Sanitation, dispensaries and jails vaccination Rajputana 1922-1927 - 1922-1927
Year: 1922
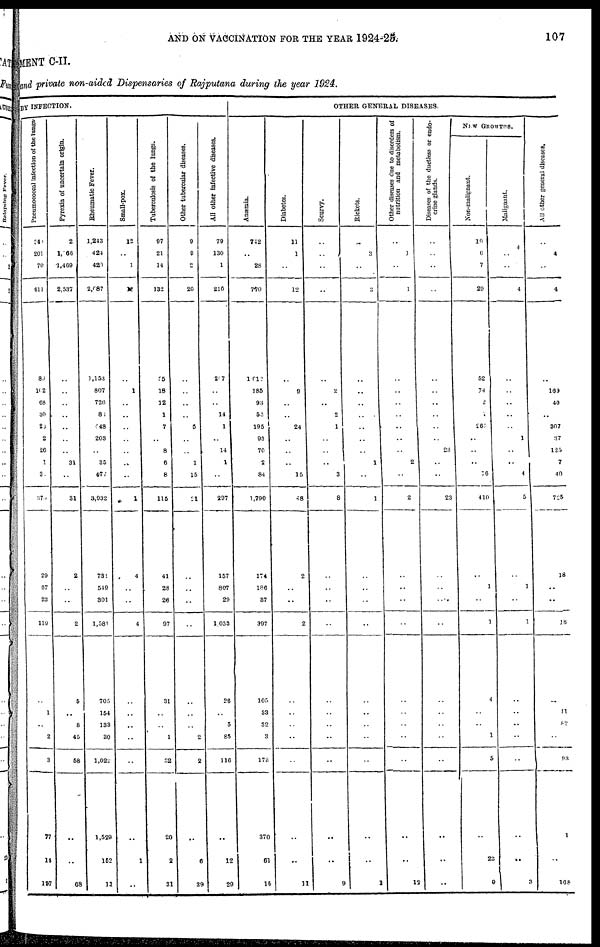
AND ON VACCINATION FOR THE YEAR 1924-25
107
MENT C-II.
and private non-aided Dispensaries of Rajputana during the year 1924.
BY INFECTION.
Pneumococcal infection of the lungs.
34
201
70
611
89
89
68
30
26
2
26
1
3
135
29
67
23
119
..
1
..
2
3
77
14
137
Pyrexia of uncertain origin.
2
1,066
1,469
2,537
..
..
..
..
..
..
..
31
..
31
2
..
..
2
5
..
8
45
58
..
..
68
Rheumatic Fever.
1,243
424
420
2,087
1,153
807
726
81
448
203
..
35
477
3,932
731
549
301
1,581
705
154
133
30
1,022
1,529
152
11
Small-pox.
12
..
1
13
..
1
..
..
..
..
..
..
..
1
4
..
..
4
..
..
..
..
..
..
1
..
Tuberculosis of the lungs.
97
21
14
132
55
18
12
1
7
..
8
6
8
115
41
28
28
97
31
..
..
1
32
20
2
31
Other tubercular diseases.
9
9
2
20
..
..
..
..
5
..
..
1
15
31
..
..
..
..
..
..
..
2
2
..
6
39
All other infective diseases.
79
130
1
210
207
..
..
14
1
..
14
1
..
297
157
807
29
1,053
26
..
5
85
116
..
12
29
OTHER GENERAL DISEASES.
Anæmia.
742
..
28
770
1,012
185
93
56
195
93
70
2
84
1,790
174
186
37
397
105
33
32
3
178
370
61
15
Diabetes.
11
1
..
12
..
9
..
..
24
..
..
..
15
48
2
..
..
2
..
..
..
..
..
..
..
11
Scurvy.
..
..
..
..
..
2
..
2
1
..
..
..
3
8
..
..
..
..
..
..
..
..
..
..
..
9
Rickets.
..
3
..
3
..
..
..
..
..
..
..
1
..
1
..
..
..
..
..
..
..
..
..
..
..
1
Other diseases due to disorders of
nutrition and metabolism.
..
1
..
1
..
..
..
..
..
..
..
2
..
2
..
..
..
..
..
..
..
..
..
..
..
12
Diseases of the ductless or endo-
crine glands.
..
..
..
..
..
..
..
..
..
..
23
..
..
23
..
..
..
..
..
..
..
..
..
..
..
..
NEW GROWTHS.
Non-malignant.
16
6
7
29
52
74
2
1
265
..
..
..
16
410
..
1
..
1
4
..
..
1
5
..
22
9
Malignant.
4
..
..
4
..
..
..
..
..
1
..
..
4
5
..
1
..
1
..
..
..
..
..
..
..
3
All other general diseases.
..
4
..
4
..
169
40
..
307
37
125
7
40
725
18
..
..
..
..
11
82
..
93
1
..
168